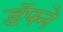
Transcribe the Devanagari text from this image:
डॅफ्ने